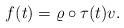
\begin{align*} f(t)=\varrho\circ\tau(t)v.\end{align*}